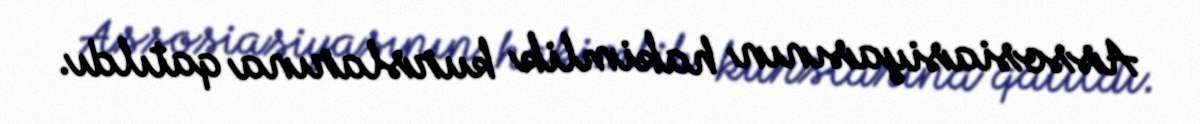
Assosiasiyasının hakimlik kurslarına qatıldı.